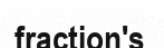
fraction's